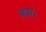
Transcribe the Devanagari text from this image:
ब्रश।